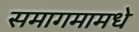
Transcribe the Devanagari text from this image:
समागमामधे